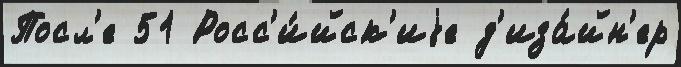
Посл'е 51 Росс'и́йск'иjе д'иза́йн'ер